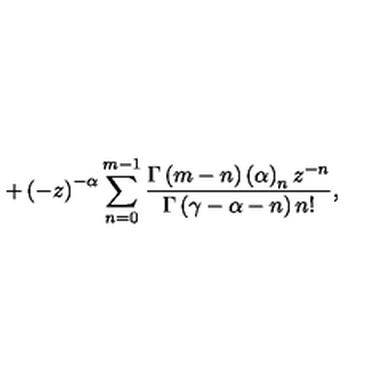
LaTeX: + \left( - z \right) ^ { - \alpha } \sum _ { n = 0 } ^ { m - 1 } \frac { \Gamma \left( m - n \right) \left( \alpha \right) _ { n } z ^ { - n } } { \Gamma \left( \gamma - \alpha - n \right) n ! } ,